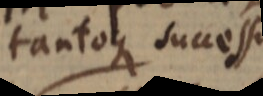
tantoque successu